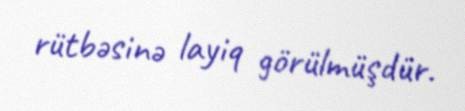
rütbəsinə layiq görülmüşdür.